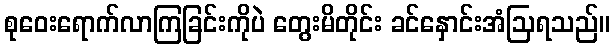
စုဝေးရောက်လာကြခြင်းကိုပဲ တွေးမိတိုင်း ခင်နှောင်းအံဩရသည်။